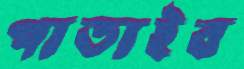
পাতাইব